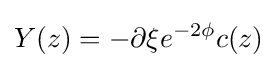
Y(z)=-\partial \xi e^{-2\phi }c(z)